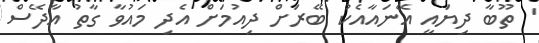
' ތޫބާ ދިޔައީ އޭނައާއެކު ބޭރަށް ދިއުމަށް އެދި މައުވާ ގާތު އާދޭސް